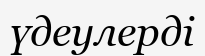
үдеулерді